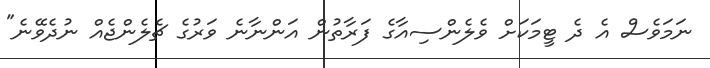
ނަމަވެސް އެ ދެ ޓީމަކަށް ވެލެންސިއާގެ ފަރާތުން އަންނާނެ ވަރުގެ ޗެލެންޖެއް ނުދެވޭނެ"